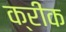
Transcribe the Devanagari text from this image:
क्रींक